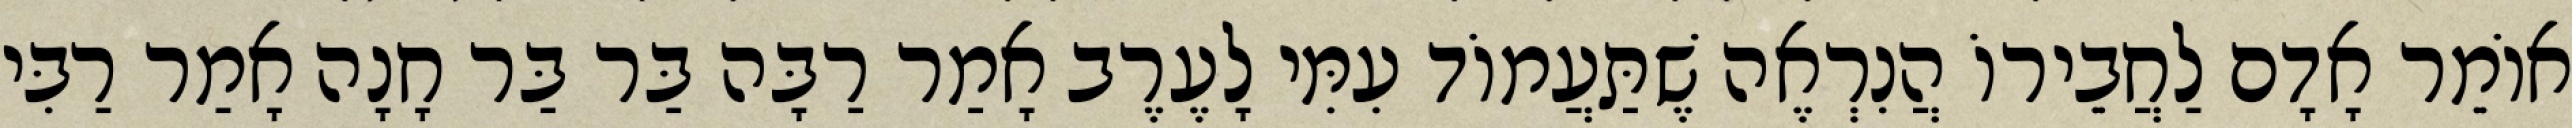
אוֹמֵר אָדָם לַחֲבֵירוֹ הֲנִרְאֶה שֶׁתַּעֲמוֹד עִמִּי לָעֶרֶב אָמַר רַבָּה בַּר בַּר חָנָה אָמַר רַבִּי